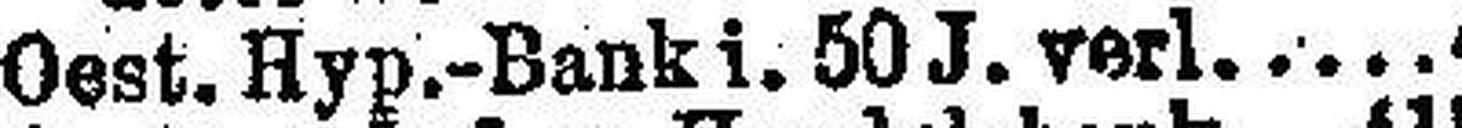
Oest. Hyp.-Bank i. 50 J. verl. 4